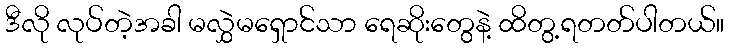
ဒီလို လုပ်တဲ့အခါ မလွှဲမရှောင်သာ ရေဆိုးတွေနဲ့ ထိတွ့ရတတ်ပါတယ်။